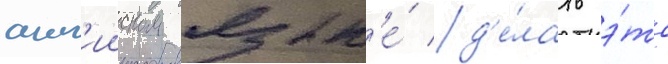
англ'ииском язык'е́ д'е́лать э́то